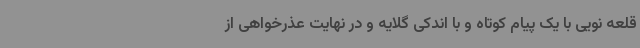
قلعه نویی با یک پیام کوتاه و با اندکی گلایه و در نهایت عذرخواهی از